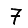
Digit: 7